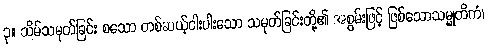
၃။ သိမ်သမုတ်ခြင်း စသော တစ်ဆယ့်ငါးပါးသော သမုတ်ခြင်းတို့၏ အစွမ်းဖြင့် ဖြစ်သောသမ္မုတိကံ၊